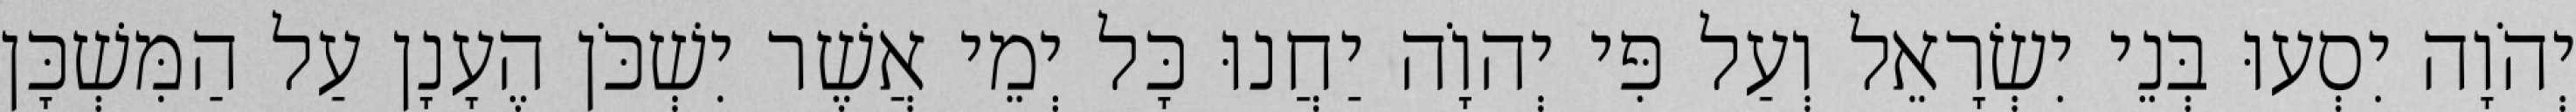
יְהֹוָה יִסְעוּ בְּנֵי יִשְׂרָאֵל וְעַל פִּי יְהוָֹה יַחֲנוּ כָּל יְמֵי אֲשֶׁר יִשְׁכֹּן הֶעָנָן עַל הַמִּשְׁכָּן